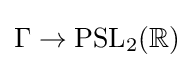
\Gamma \to \mathrm {PSL} _{2}(\mathbb {R} )